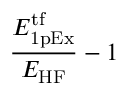
\frac { E _ { \mathrm { 1 p E x } } ^ { \mathrm { t f } } } { E _ { \mathrm { H F } } } - 1